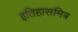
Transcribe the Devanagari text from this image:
इतिहासमित्र